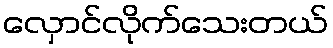
လှောင်လိုက်သေးတယ်